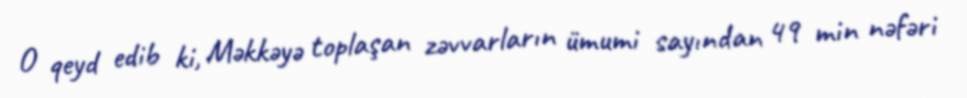
O qeyd edib ki, Məkkəyə toplaşan zəvvarların ümumi sayından 49 min nəfəri